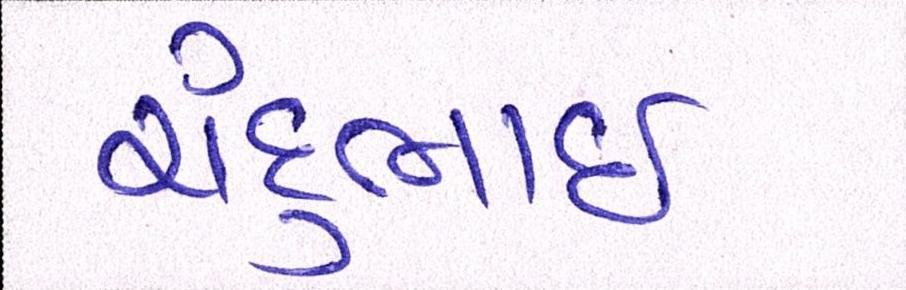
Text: ચંદુભાઈ